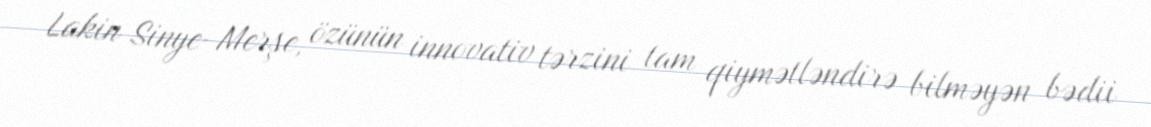
Lakin Sinye-Merşe, özünün innovativ tərzini tam qiymətləndirə bilməyən bədii